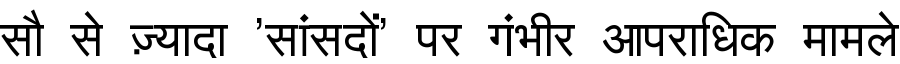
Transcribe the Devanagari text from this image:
सौ से ज़्यादा 'सांसदों' पर गंभीर आपराधिक मामले